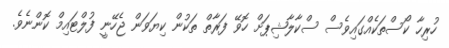
ހުރިހާ ކޯސްތަކެއްގައިވެސް ސްކާލާޝިޕަށް ހޮވޭ ފަރާތް ތަކުން ކިޔަވަން ޖެހޭނީ ފުލްޓައިމް ކޮންނެވެ.